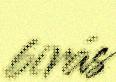
birás